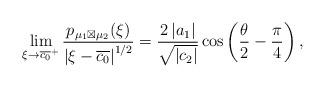
LaTeX: \begin{align*}\lim_{\xi\rightarrow\overline{c_{0}}^{+}}\frac{p_{\mu_{1}\boxtimes\mu_{2}}(\xi)}{\left|\xi-\overline{c_{0}}\right|^{1/2}}=\frac{2\left|a_{1}\right|}{\sqrt{\left|c_{2}\right|}}\cos\left(\frac{\theta}{2}-\frac{\pi}{4}\right),\end{align*}